Circular to Secondary Education Committee, 1908
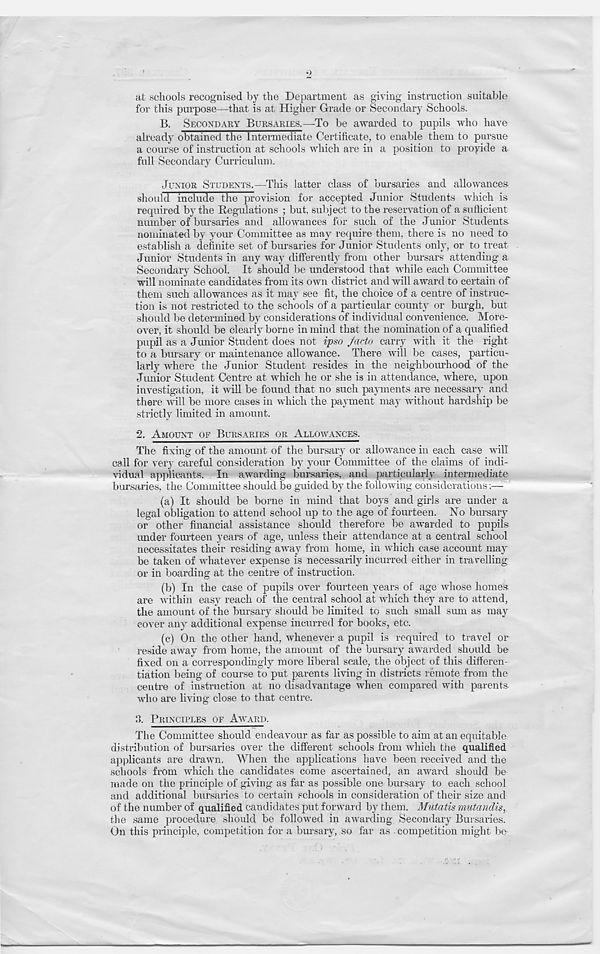
at schools recognised by the Department as giving instruction suitable
for this purpose—that is at Higher Grade or Secondary Schools.
B.
SECONDARY BURSARIES.—To be awarded to pupils who have
already obtained the Intermediate Certificate, to enable them to pursue
a course of instruction at schools which are in a position to proyide a
full Secondary Curriculum.
JUNIOR STUDENTS.—This latter class of bursaries and allowances,
should include the provision for accepted Junior Students which is
required by the Regulations ; but, subject to the reservation of a sufticient
number of bursaries and allowances for such of the Junior Students
nominated by your Committee as may require them, there is no need to
establish a definite set of bursaries for Junior Students only, or to treat
Junior Students in any way differently from other bursars attending a
Secondary School. It should be understood that while each Committee
will nominate candidates from its own district and will award to certain of
them such allowances as it may see fit, the choice of a centre of instruc-
tion is not restricted to the schools of a particular county or burgh, but
should be determined by considerations of individual convenience. More-
over, it should be clearly borne in mind that the nomination of a qualified
pupil as a Junior Student does not iyso facto carry with it the right
to a bursary or maintenance allowance. There will be cases, particu-
larly where the Junior Student resides in the neighbourhood of the
Junior Student Centre at which he or she is in attendance, where, upon
investigation, it will be found that no such payments are necessary and
there will be more cases in which the payment may without hardship be
strictly limited in amount.
2. AMOUNT OF BURSARIES OR ALLOWANCES.
The fixing of the amount of the bursary or allowance in each case will
call for very careful consideration by your Committee of the claims of indi-
vidual applicants. In awarding bursaries, and particularly intermediate
bursaries, the Committee should be guided by the following considerations v—
(a) It should be borne in mind that boys and girls are under a
legal obligation to attend school up to the age of fourteen. No bursary
or other financial assistance should therefore be awarded to pupils
under fourteen years of age, unless their attendance at a central school
necessitates their residing away from home, in which case account may
be taken of whatever expense is necessarily incurred either in travelling
or in boarding at the centre of instruction.
(b) In the case of pupils over fourteen years of age whose homes
are within easy reach of the central school at which they are to attend,
the amount of the bursary should be limited to such small sum as may
cover any additional expense incurred for books, etc.
(c) On the other hand, whenever a pupil is required to travel or
reside away from home, the amount of the bursary awarded should be
fixed on a correspondingly more liberal scale, the object of this differen-
tiation being of course to put parents living in districts remote from the
centre of instruction at no disadvantage when compared with parents
who are living close to that centre.
8. PRINCIPLES OF AWARD.
The Committee should endeavour as far as possible to aim at an equitable
distribution of bursaries over the different schools from which the qualified
applicants are drawn. When the applications have been received and the
schools from which the candidates come ascertained, an award should be
made on the principle of giving as far as possible one bursary to each school
and additional bursaries to certain schools in consideration of their size and
of the number of qualified candidates put forward by them. Mutatis mutandis,
the same procedure should be followed in awarding Secondary Bursaries.
On this principle, competition for a bursary, so far as . competition might be